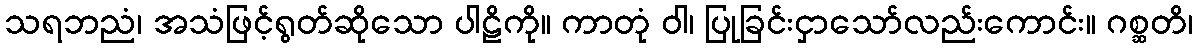
သရဘညံ၊ အသံဖြင့်ရွတ်ဆိုသော ပါဠိကို။ ကာတုံ ဝါ၊ ပြုခြင်းငှာသော်လည်းကောင်း။ ဂစ္ဆတိ၊